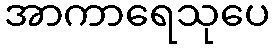
အာကာရေသုပေ